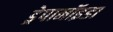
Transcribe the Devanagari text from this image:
ड्रेपानॉइडा